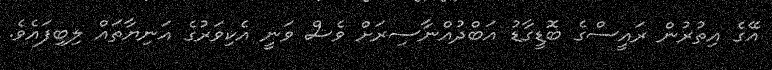
އޭގެ އިތުރުން ރައީސްގެ ބޮޑީގާޑު އަބްދުއްނާސިރަށް ވެސް ވަނީ އެކިވަރުގެ އަނިޔާތައް ލިބިފައެވެ.